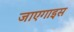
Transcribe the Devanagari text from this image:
जाएगाइस